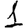
Digit: 1